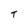
Character: T